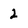
Character: 2